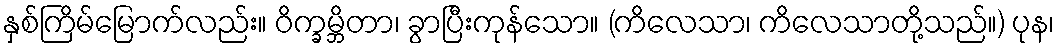
နှစ်ကြိမ်မြောက်လည်း။ ဝိက္ခမ္ဘိတာ၊ ခွာပြီးကုန်သော။ (ကိလေသာ၊ ကိလေသာတို့သည်။) ပုန၊